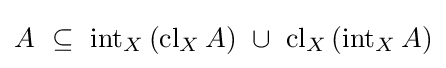
A~\subseteq ~\operatorname {int} _{X}\left(\operatorname {cl} _{X}A\right)~\cup ~\operatorname {cl} _{X}\left(\operatorname {int} _{X}A\right)